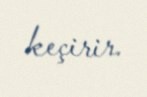
keçirir.